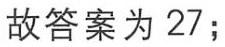
故答案为 27;